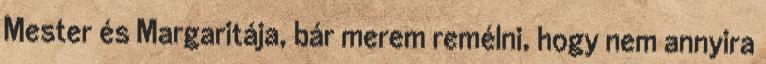
Mester és Margaritája, bár merem remélni, hogy nem annyira